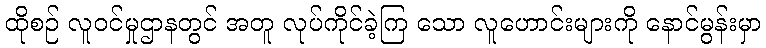
ထိုစဉ် လူဝင်မှုဌာနတွင် အတူ လုပ်ကိုင်ခဲ့ကြ သော လူဟောင်းများကို နောင်မွန်းမှာ